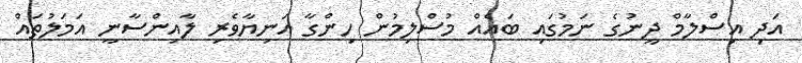
އަދި އިސްލާމް ދީނުގެ ނަމުގައި ބައެއް މުސްލިމުން ހިންގާ އަނިޔާވެރި ލާއިންސާނީ އަމަލުތައް